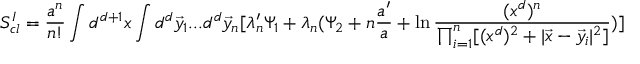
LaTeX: S _ { c l } ^ { I } = \frac { a ^ { n } } { n ! } \int d ^ { d + 1 } x \int d ^ { d } \vec { y } _ { 1 } . . . d ^ { d } \vec { y } _ { n } [ \lambda _ { n } ^ { \prime } \Psi _ { 1 } + \lambda _ { n } ( \Psi _ { 2 } + n \frac { a ^ { \prime } } { a } + \ln \frac { ( x ^ { d } ) ^ { n } } { \prod _ { i = 1 } ^ { n } [ ( x ^ { d } ) ^ { 2 } + | \vec { x } - \vec { y _ { i } } | ^ { 2 } ] } ) ]